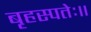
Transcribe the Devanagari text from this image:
बृहस्पतेः॥